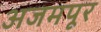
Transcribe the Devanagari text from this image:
अजमपूर